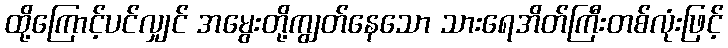
ထို့ကြောင့်ပင်လျှင် အမွေးတို့ကျွတ်နေသော သားရေအိတ်ကြီးတစ်လုံးဖြင့်